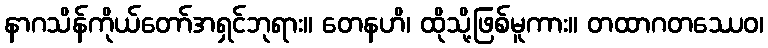
နာဂသိန်ကိုယ်တော်အရှင်ဘုရား။ တေနဟိ၊ ထိုသို့ဖြစ်မူကား။ တထာဂတဿေဝ၊